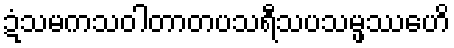
ဍံသမကသဝါတာတပသရီသပသမ္ဖဿေဟိ